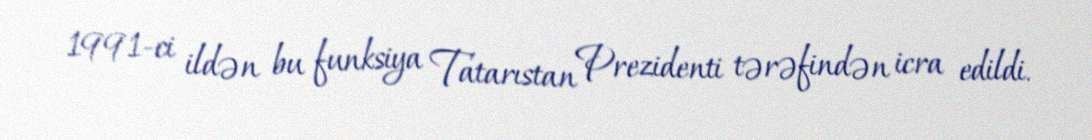
1991-ci ildən bu funksiya Tatarıstan Prezidenti tərəfindən icra edildi.